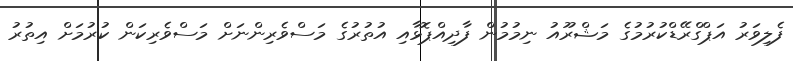
ފެލިވަރު އަޕްގްރޭޑްކުރުމުގެ މަޝްރޫއު ނިމުމުން ފާދިއްޕޮޅާއި އުތުރުގެ މަސްވެރިންނަށް މަސްވެރިކަން ކުރުމަށް އިތުރު